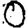
Digit: 0